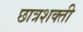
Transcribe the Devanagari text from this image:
छात्रशक्ती